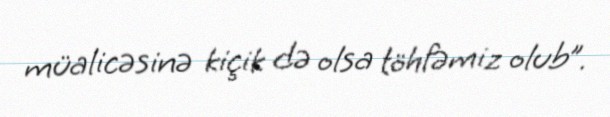
müalicəsinə kiçik də olsa töhfəmiz olub”.